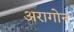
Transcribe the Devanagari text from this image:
अरागोन